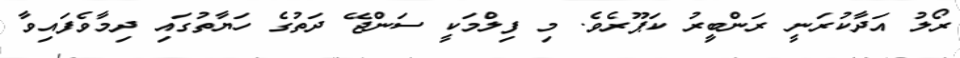
ރޯލު އަދާކުރަނީ ރަންބީިރު ކަޕޫރެވެ. މި ފިލްމަކީ ސަންޖޭ ދަތުގެ ހަޔާތުގައި ދިމާވެފައިވާ